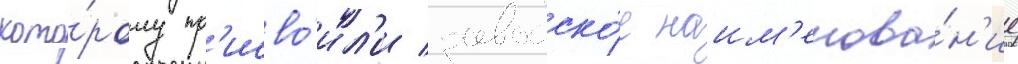
кото́рому пр'исво́ил'и заводско́е наим'енова́н'ие